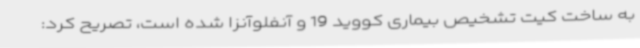
به ساخت کیت تشخیص بیماری کووید 19 و آنفلوآنزا شده است، تصریح کرد: